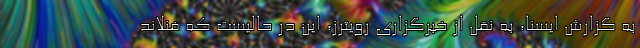
به گزارش ایسنا، به نقل از خبرگزاری رویترز، این در حالیست که فنلاند